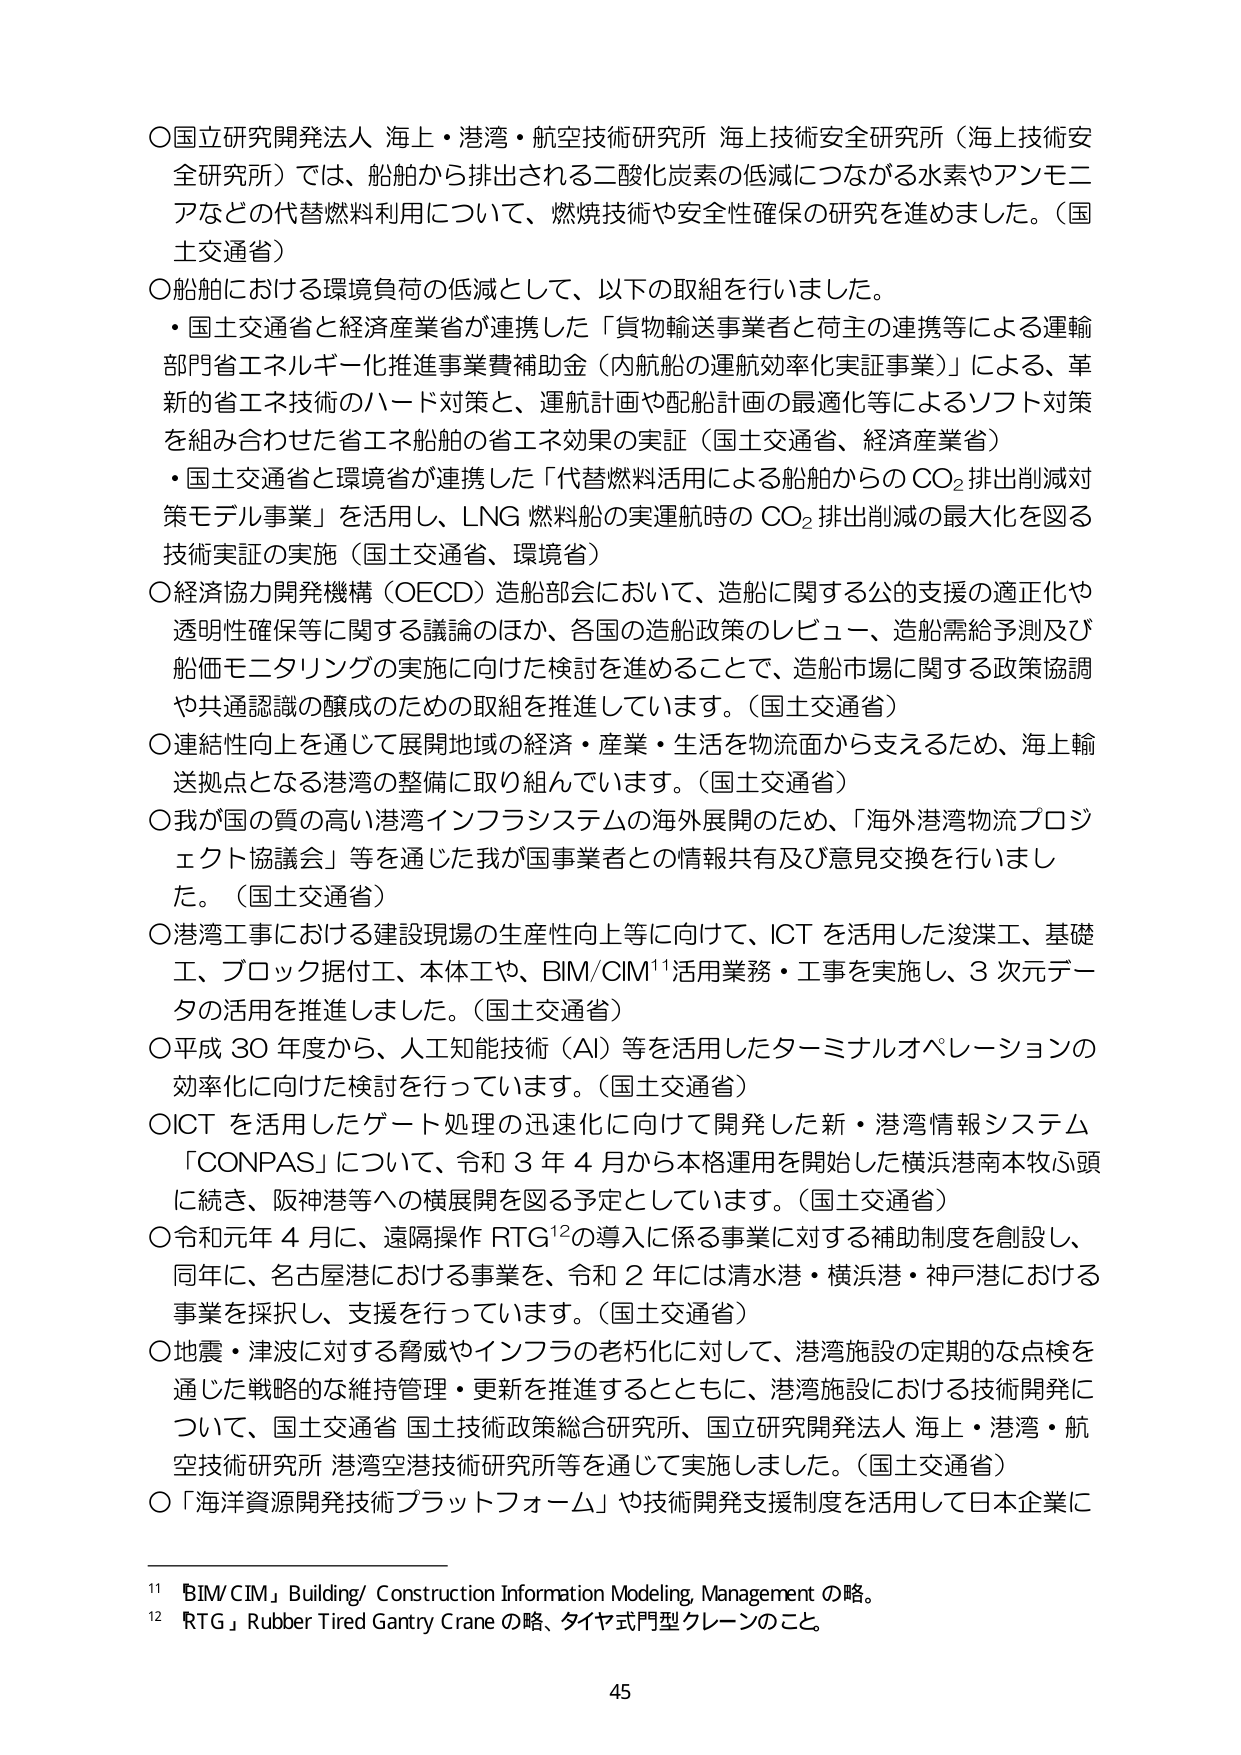
○国立研究開発法人 海上・港湾・航空技術研究所 海上技術安全研究所（海上技術安全研究所）では、船舶から排出される二酸化炭素の低減につながる水素やアンモニアなどの代替燃料利用について、燃焼技術や安全性確保の研究を進めました。（国土交通省）

○船舶における環境負荷の低減として、以下の取組を行いました。
・国土交通省と経済産業省が連携した「貨物輸送事業者と荷主の連携等による運輸部門省エネルギー化推進事業費補助金（内航船の運航効率化実証事業）」による、革新的省エネ技術のハード対策と、運航計画や配船計画の最適化等によるソフト対策を組み合わせた省エネ船舶の省エネ効果の実証（国土交通省、経済産業省）
・国土交通省と環境省が連携した「代替燃料活用による船舶からのCO₂排出削減対策モデル事業」を活用し、LNG燃料船の実運航時のCO₂排出削減の最大化を図る技術実証の実施（国土交通省、環境省）

○経済協力開発機構（OECD）造船部会において、造船に関する公的支援の適正化や透明性確保等に関する議論のほか、各国の造船政策のレビュー、造船需給予測及び船価モニタリングの実施に向けた検討を進めることで、造船市場に関する政策協調や共通認識の醸成のための取組を推進しています。（国土交通省）

○連結性向上を通じて展開地域の経済・産業・生活を物流面から支えるため、海上輸送拠点となる港湾の整備に取り組んでいます。（国土交通省）

○我が国の質の高い港湾インフラシステムの海外展開のため、「海外港湾物流プロジェクト協議会」等を通じた我が国事業者との情報共有及び意見交換を行いました。（国土交通省）

○港湾工事における建設現場の生産性向上等に向けて、ICTを活用した浚渫工、基礎工、ブロック据付工、本体工や、BIM/CIM¹¹活用業務・工事を実施し、3次元データの活用を推進しました。（国土交通省）

○平成30年度から、人工知能技術（AI）等を活用したターミナルオペレーションの効率化に向けた検討を行っています。（国土交通省）

○ICTを活用したゲート処理の迅速化に向けて開発した新・港湾情報システム「CONPAS」について、令和3年4月から本格運用を開始した横浜港南本牧ふ頭に続き、阪神港等への横展開を図る予定としています。（国土交通省）

○令和元年4月に、遠隔操作RTG¹²の導入に係る事業に対する補助制度を創設し、同年に、名古屋港における事業を、令和2年には清水港・横浜港・神戸港における事業を採択し、支援を行っています。（国土交通省）

○地震・津波に対する脅威やインフラの老朽化に対して、港湾施設の定期的な点検を通じた戦略的な維持管理・更新を推進するとともに、港湾施設における技術開発について、国土交通省 国土技術政策総合研究所、国立研究開発法人 海上・港湾・航空技術研究所 港湾空港技術研究所等を通じて実施しました。（国土交通省）

○「海洋資源開発技術プラットフォーム」や技術開発支援制度を活用して日本企業に

¹¹「BIM/CIM」Building/ Construction Information Modeling, Management の略。
¹²「RTG」Rubber Tired Gantry Crane の略、タイヤ式門型クレーンのこと。

45